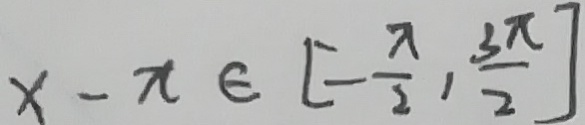
x - x \in [ - \frac { \pi } { 2 } , \frac { 3 \pi } { 2 } ]